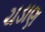
ચડાણ